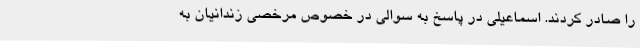
را صادر کردند. اسماعیلی در پاسخ به سوالی در خصوص مرخصی زندانیان به